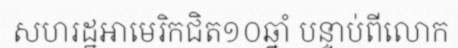
សហរដ្ឋអាមេរិកជិត១០ឆ្នាំ បន្ទាប់ពីលោក